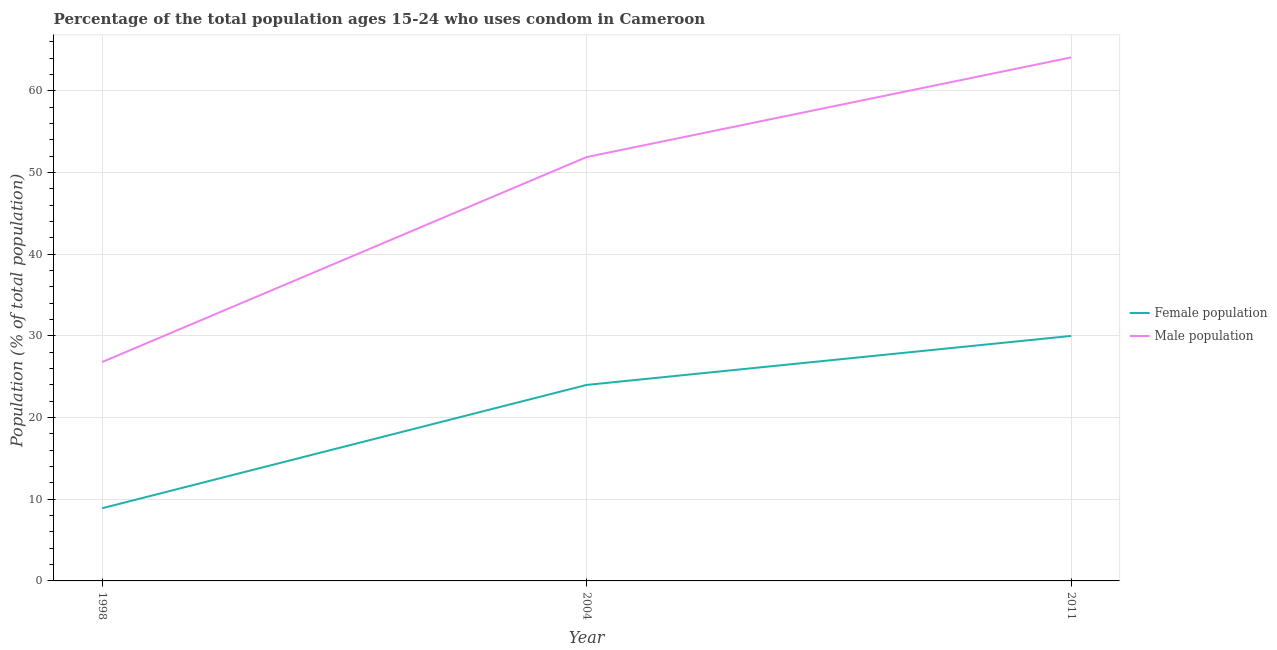
| Year | Female population | Male population |
 | --- | --- | --- |
 | 1998 | 8.9 | 26.8 |
 | 2004 | 24 | 51.9 |
 | 2011 | 30 | 64.1 |